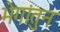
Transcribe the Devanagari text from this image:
भेगांतुन